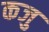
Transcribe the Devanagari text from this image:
कजु